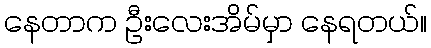
နေတာက ဦးလေးအိမ်မှာ နေရတယ်။